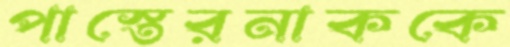
পাস্তেরনাককে